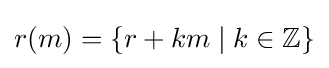
r(m)=\{r+km\mid k\in \mathbb {Z} \}